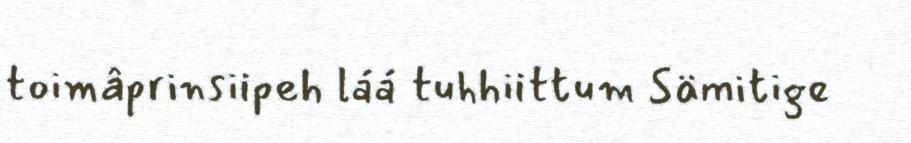
toimâprinsiipeh láá tuhhiittum Sämitige